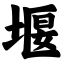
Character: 堰